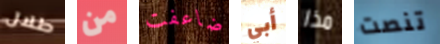
طلال من ضاعفت أبي مذا تنصت